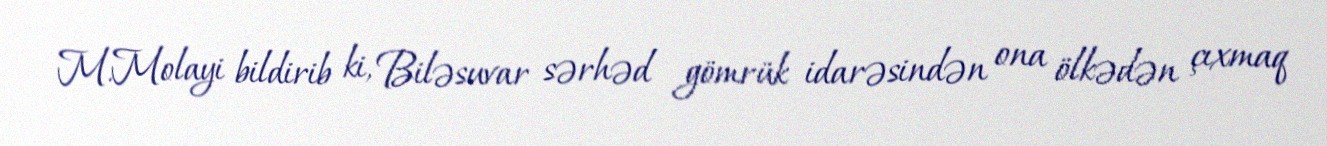
M.Molayi bildirib ki, Biləsuvar sərhəd gömrük idarəsindən ona ölkədən çıxmaq